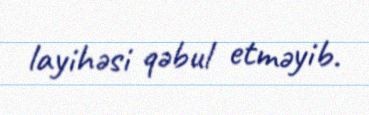
layihəsi qəbul etməyib.